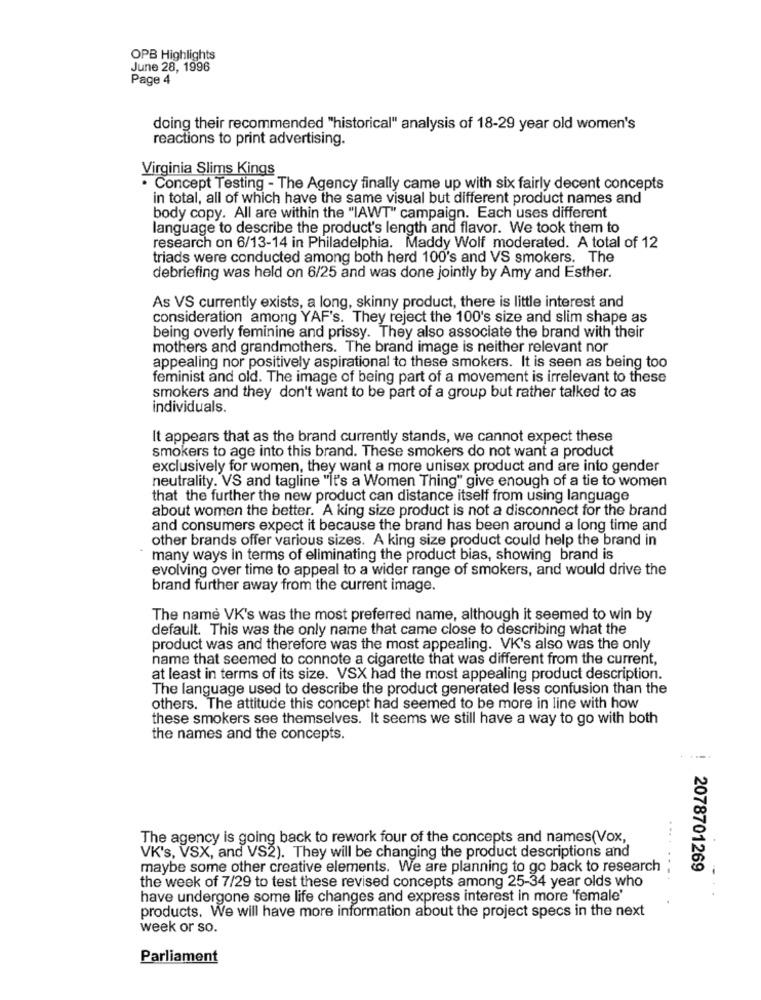
OPB Highlights
June 28, 1996
Page 4
doing their recommended "historical" analysis of 18-29 year old women's
reactions to print advertising.
Virginia Slims Kings
. Concept Testing - The Agency finally came up with six fairly decent concepts
in total, all of which have the same visual but different product names and
body copy. All are within the "IAWT" campaign. Each uses different
language to describe the product's length and flavor. We took them to
research on 6/13-14 in Philadelphia. Maddy Wolf moderated. A total of 12
triads were conducted among both herd 100's and VS smokers. The
debriefing was held on 6/25 and was done jointly by Amy and Esther.
As VS currently exists, a long, skinny product, there is little interest and
consideration among YAF's. They reject the 100's size and slim shape as
being overly feminine and prissy. They also associate the brand with their
mothers and grandmothers. The brand image is neither relevant nor
appealing nor positively aspirational to these smokers. It is seen as being too
feminist and old. The image of being part of a movement is irrelevant to these
smokers and they don't want to be part of a group but rather talked to as
individuals.
It appears that as the brand currently stands, we cannot expect these
smokers to age into this brand. These smokers do not want a product
exclusively for women, they want a more unisex product and are into gender
neutrality. VS and tagline "It's a Women Thing" give enough of a tie to women
that the further the new product can distance itself from using language
about women the better. A king size product is not a disconnect for the brand
and consumers expect it because the brand has been around a long time and
other brands offer various sizes. A king size product could help the brand in
many ways in terms of eliminating the product bias, showing brand is
evolving over time to appeal to a wider range of smokers, and would drive the
brand further away from the current image.
The name VK's was the most preferred name, although it seemed to win by
default. This was the only name that came close to describing what the
product was and therefore was the most appealing. VK's also was the only
name that seemed to connote a cigarette that was different from the current,
at least in terms of its size. VSX had the most appealing product description.
The language used to describe the product generated less confusion than the
others. The attitude this concept had seemed to be more in line with how
these smokers see themselves. It seems we still have a way to go with both
the names and the concepts.
The agency is going back to rework four of the concepts and names(Vox,
VK's, VSX, and VS2). They will be changing the product descriptions and
maybe some other creative elements. We are planning to go back to research
2078701269
the week of 7/29 to test these revised concepts among 25-34 year olds who
...
have undergone some life changes and express interest in more "female'
products. We will have more information about the project specs in the next
week or so.
Parliament